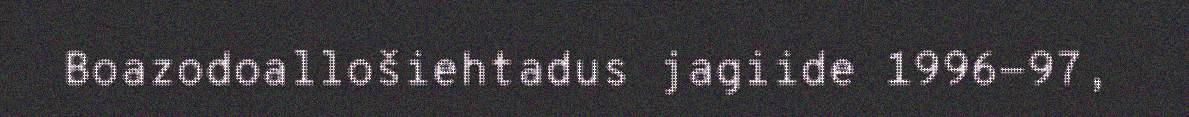
Boazodoallošiehtadus jagiide 1996-97,